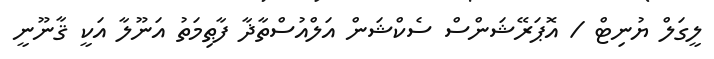
ލީގަލް ޔުނިޓް / އޮޕަރޭޝަންސް ސެކްޝަން އަލްއުސްތާޛާ ފާޠިމަތު އަނޫލާ އަކީ ޤާނޫނީ